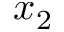
x _ { 2 }